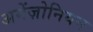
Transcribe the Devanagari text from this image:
अमेंज़ोनियन